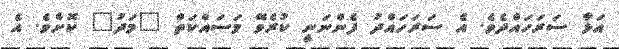
އަޅާ ސަރަހައްދެވެ. އެ ސަރަހައްދު ފެންނަނީ ކުރެވޭ މަސައްކަތް "މަދު" ކޮށެވެ. އެ